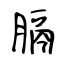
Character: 膈